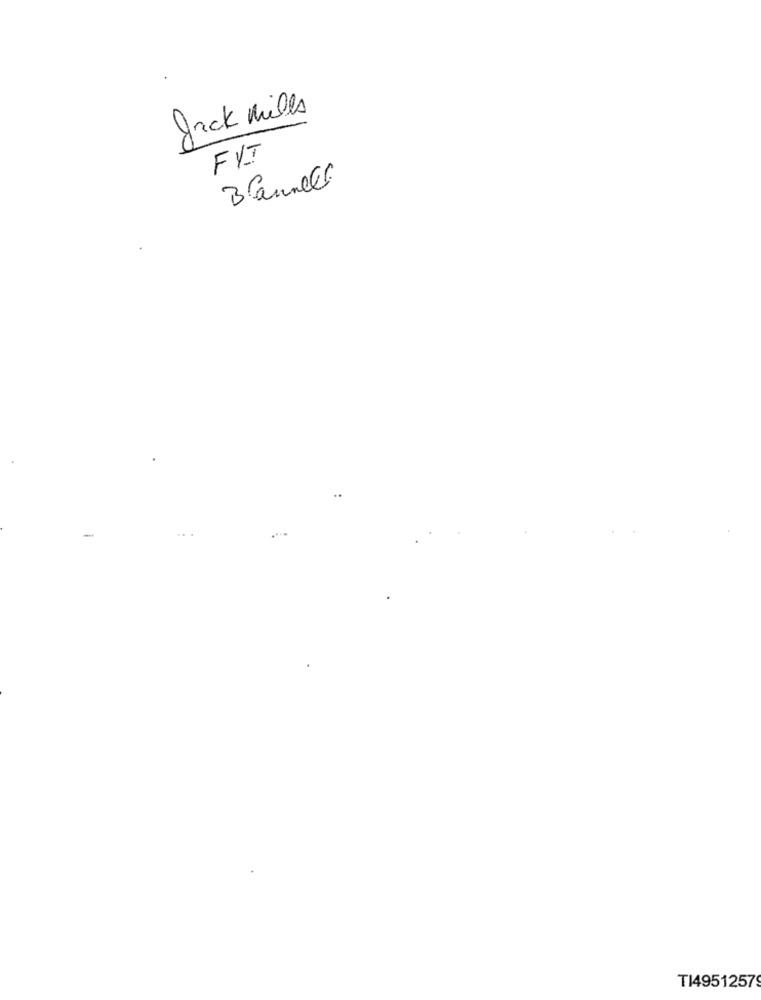
Jack mills
FYT
Blaunell
T149512579